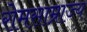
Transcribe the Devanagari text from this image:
रोमसाम्राज्य